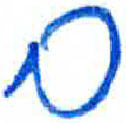
אות: ם